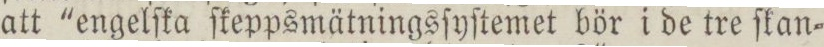
att 'engelſka ſkeppsmätningsſyſtemet bör i de tre ſkan=